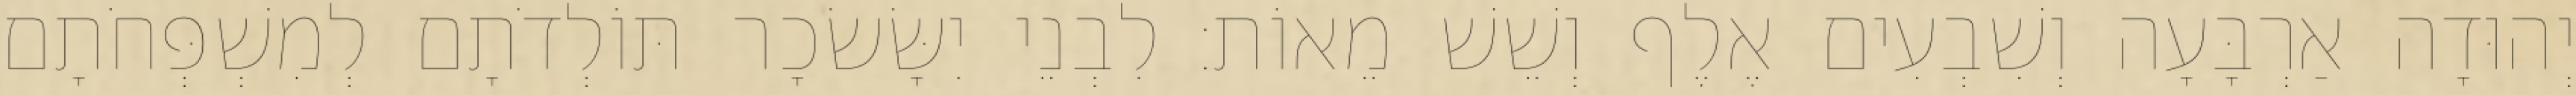
יְהוּדָה אַרְבָּעָה וְשִׁבְעִים אֶלֶף וְשֵׁשׁ מֵאוֹת׃ לִבְנֵי יִשָּׂשׂכָר תּוֹלְדֹתָם לְמִשְׁפְּחֹתָם